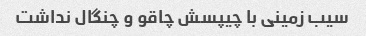
سیب زمینی با چیپسش چاقو و چنگال نداشت